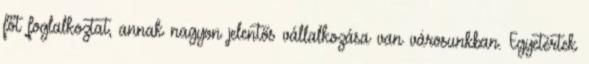
főt foglalkoztat, annak nagyon jelentős vállalkozása van városunkban. Egyetértek